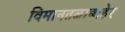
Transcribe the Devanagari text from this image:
विमानतळाबाहेर